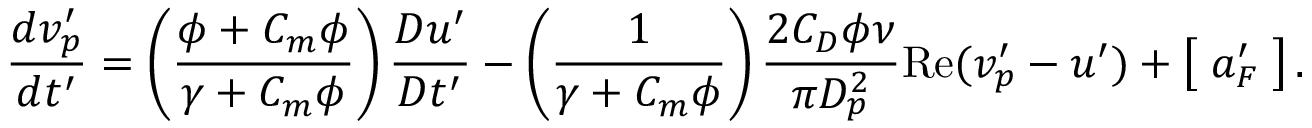
\frac { d v _ { p } ^ { \prime } } { d t ^ { \prime } } = \left( \frac { \phi + C _ { m } \phi } { \gamma + C _ { m } \phi } \right) \frac { D u ^ { \prime } } { D t ^ { \prime } } - \left( \frac { 1 } { \gamma + C _ { m } \phi } \right) \frac { 2 C _ { D } \phi \nu } { \pi D _ { p } ^ { 2 } } \mathrm { R e } ( v _ { p } ^ { \prime } - u ^ { \prime } ) + \left[ \; a _ { F } ^ { \prime } \; \right] .